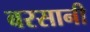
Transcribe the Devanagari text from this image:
बरसानी